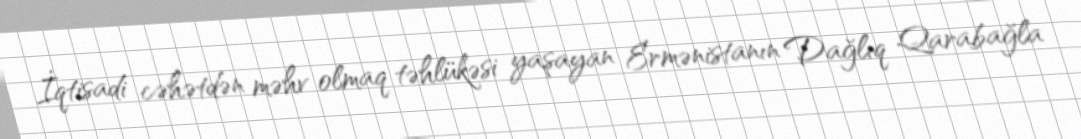
İqtisadi cəhətdən məhv olmaq təhlükəsi yaşayan Ermənistanın Dağlıq Qarabağla